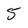
Character: 5